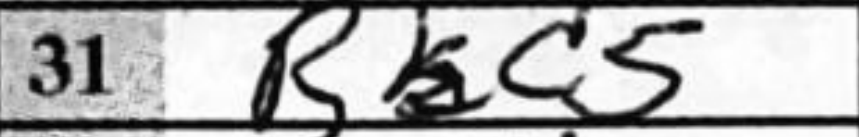
Transcription: Bac5